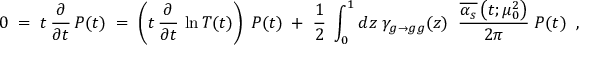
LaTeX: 0 \; = \; t \, \frac { \partial } { \partial t } \, P ( t ) \; = \; \left( t \, \frac { \partial } { \partial t } \, \ln T ( t ) \right) \; P ( t ) \; + \; \frac { 1 } { 2 } \; \int _ { 0 } ^ { 1 } d z \; \gamma _ { g \rightarrow g g } ( z ) \; \; \frac { \overline { { { \alpha _ { s } } } } \left( t ; \mu _ { 0 } ^ { 2 } \right) } { 2 \pi } \; P ( t ) \; \; ,